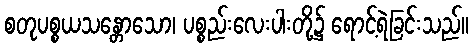
စတုပစ္စယသန္တောသော၊ ပစ္စည်းလေးပါးတို့၌ ရောင့်ရဲခြင်းသည်။